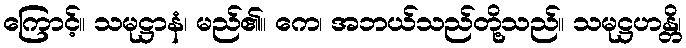
ကြောင့်။ သမုဋ္ဌာနံ၊ မည်၏။ ကေ၊ အဘယ်သည်တို့သည်။ သမုဋ္ဌဟန္တိ၊